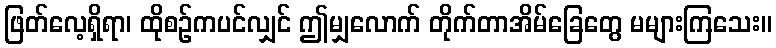
ဖြတ်လေ့ရှိရာ၊ ထိုစဉ်ကပင်လျှင် ဤမျှလောက် တိုက်တာအိမ်ခြေတွေ မများကြသေး။